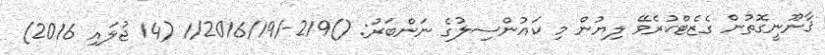
ޤާނޫނީގޮތުން ގެޒެޓްކުރެވޭ ލިޔުން މި ކައުންސިލުގެ ނަންބަރު: ()219-/1/2016/19 (14 ޖުލައި 2016)